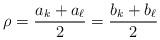
LaTeX: \begin{align*}\rho = \frac{a_k+a_{\ell}}{2} = \frac{b_k+ b_{\ell}}{2} \end{align*}